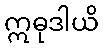
ဣဓုဒါယိ